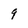
Character: 9